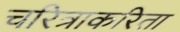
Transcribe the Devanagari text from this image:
चरित्राकरिता